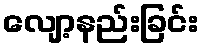
လျော့နည်းခြင်း